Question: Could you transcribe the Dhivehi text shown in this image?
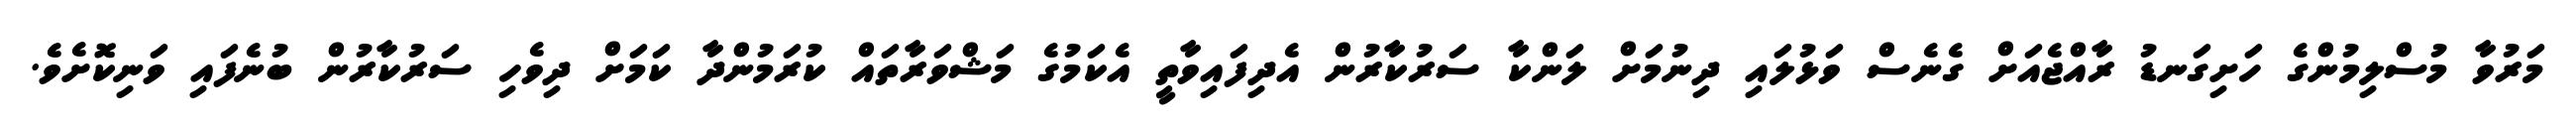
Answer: މަރުވާ މުސްލިމުންގެ ހަށިގަނޑު ރާއްޖެއަށް ގެނެސް ވަޅުލައި ދިނުމަށް ލަންކާ ސަރުކާރުން އެދިފައިވާތީ އެކަމުގެ މަޝްވަރާތައް ކުރަމުންދާ ކަމަށް ދިވެހި ސަރުކާރުން ބުނެފައި ވަނިކޮށެވެ.